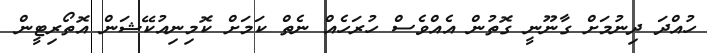
ހުއްދަ ދިނުމަށް ގާނޫނީ ގޮތުން އެއްވެސް ހުރަހެއް ނެތް ކަމަށް ކޮމިނިއުކޭޝަން އޮތޯރިޓީން